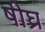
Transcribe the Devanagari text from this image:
षीघ्र